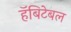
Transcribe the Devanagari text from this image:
हॅबिटेबल